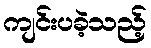
ကျင်းပခဲ့သည့်